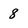
Character: 8